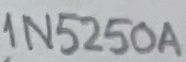
Text: 1N5250A